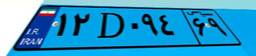
۴۵D۰۹۰۰۹